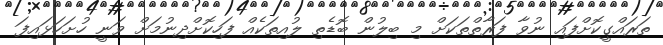
ތަރައްގީކޮށްފައި ނުވާ ފަރާތްތަކަށް މި ބިލުން ބޮޑެތި ލުއިތަކެއް ފަހިކޮށްދިނުމަށް ވަނީ ހުށަހަޅައިފަ